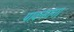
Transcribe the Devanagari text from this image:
पावनगंगा